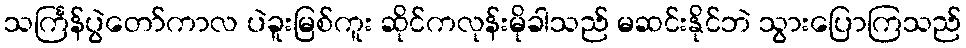
သင်္ကြန်ပွဲတော်ကာလ ပဲခူးမြစ်ကူး ဆိုင်ကလုန်းမိုခါသည် မဆင်းနိုင်ဘဲ သွားပြောကြသည်